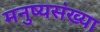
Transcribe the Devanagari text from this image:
मनुष्यसंख्या